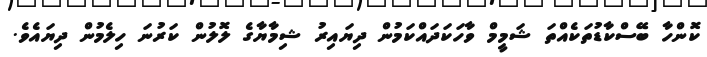
ކޮންހާ ބޭސްކާޑުތަކެއްތަ ޝަމީމް ވާހަކަދައްކަމުން ދިޔައިރު ޝިމާޔާގެ ލޮލުން ކަރުނަ ހިލެމުން ދިޔައެވެ.